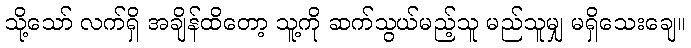
သို့သော် လက်ရှိ အချိန်ထိတော့ သူ့ကို ဆက်သွယ်မည့်သူ မည်သူမျှ မရှိသေးချေ။